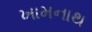
ખામનાથ